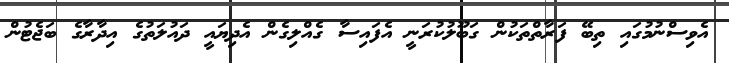
އެވިސްނުމުގައި ތިބޭ ފަރާތްތަކުން ގަބޫލުކުރަނީ އެފައިސާ ގެއްލިގެން އެދިޔައީ ދައުލަތުގެ އިދާރާގެ ބަޖެޓުން